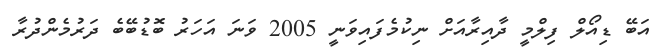
އަބޭ ޑިއޯލް ފިލްމީ ދާއިރާއަށް ނިކުމެފައިވަނީ 2005 ވަނަ އަހަރު ބޮޑުބޭބެ ދަރުމެންދުރާ